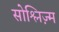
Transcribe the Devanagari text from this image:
सोश्लिज़्म